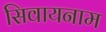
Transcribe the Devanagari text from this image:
सिवायनाम